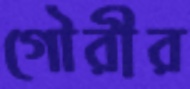
গৌরীর